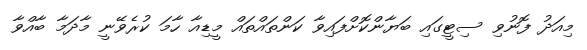
މިއަދު ފޮނުވި ސިޓީގައި ބަޔާންކޮށްފައިވާ ކަންތައްތައް މީޑިއާ ހާމަ ކުރެވޭނީ މާދަމާ ބާއްވާ